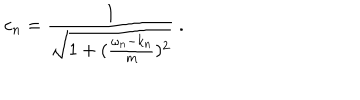
LaTeX: c _ { n } = \frac { 1 } { \sqrt { 1 + ( { \frac { \omega _ { n } - k _ { n } } { m } } ) ^ { 2 } } } \ .